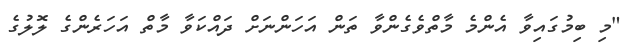
"މި ބިމުގައިވާ އެންމެ މާތްވެގެންވާ ތަން އަހަންނަށް ދައްކަވާ މާތް އަހަރެންގެ ލޮލުގެ